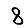
Digit: 8